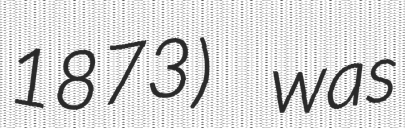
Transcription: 1873) was